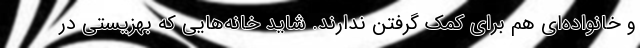
و خانواده‌ای هم برای کمک گرفتن ندارند. شاید خانه‌هایی که بهزیستی در